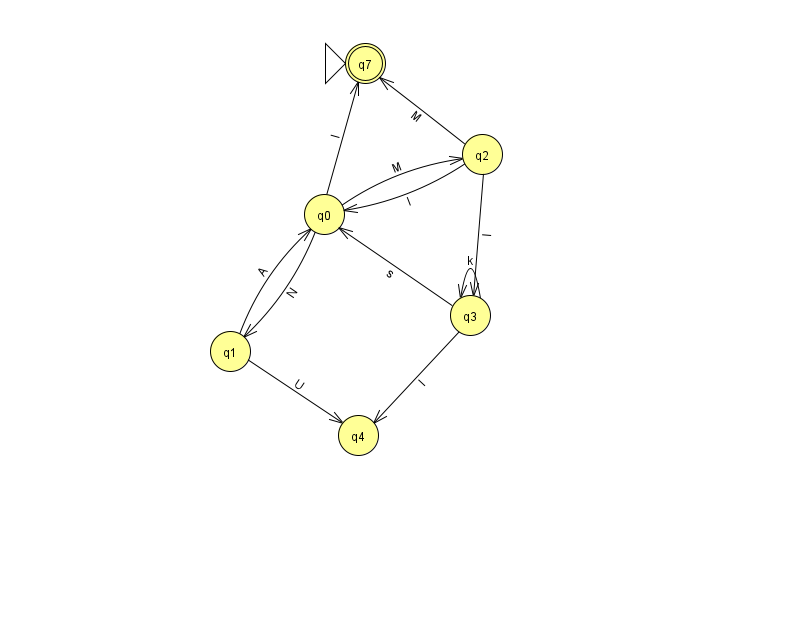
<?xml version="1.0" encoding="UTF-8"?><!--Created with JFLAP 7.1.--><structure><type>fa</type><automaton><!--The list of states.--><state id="0" name="q0"><x>324.0</x><y>201.0</y></state><state id="1" name="q1"><x>230.0</x><y>338.0</y></state><state id="2" name="q2"><x>482.0</x><y>141.0</y></state><state id="3" name="q3"><x>470.0</x><y>302.0</y></state><state id="4" name="q4"><x>358.0</x><y>422.0</y></state><state id="7" name="q7"><x>365.0</x><y>50.0</y><initial/><final/></state><!--The list of transitions.--><transition><from>1</from><to>4</to><read>U</read></transition><transition><from>2</from><to>3</to><read>I</read></transition><transition><from>2</from><to>7</to><read>M</read></transition><transition><from>1</from><to>0</to><read>A</read></transition><transition><from>0</from><to>7</to><read>I</read></transition><transition><from>3</from><to>4</to><read>I</read></transition><transition><from>3</from><to>0</to><read>s</read></transition><transition><from>3</from><to>3</to><read>k</read></transition><transition><from>0</from><to>1</to><read>N</read></transition><transition><from>2</from><to>0</to><read>l</read></transition><transition><from>0</from><to>2</to><read>M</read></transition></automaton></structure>